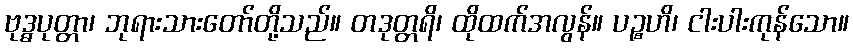
ဗုဒ္ဓပုတ္တာ၊ ဘုရားသားတော်တို့သည်။ တဒုတ္တရိ၊ ထိုထက်အလွန်။ ပဉ္စဟိ၊ ငါးပါးကုန်သော။